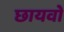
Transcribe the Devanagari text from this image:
छायवो